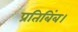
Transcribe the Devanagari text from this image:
प्रतिबिंब।